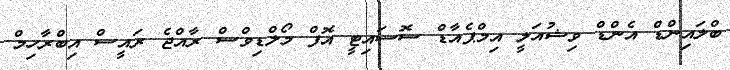
ބްލައިންޑް އެންޑް ވިޝުއަލީ އިމްޕެއާޑް ސޮސައިޓީ އޮފް މޯލްޑިވްސް ރާއްޖެ ރައީސް އިބްރާހިމް